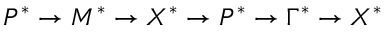
P ^ { * } \rightarrow M ^ { * } \rightarrow X ^ { * } \rightarrow P ^ { * } \rightarrow \Gamma ^ { * } \rightarrow X ^ { * }